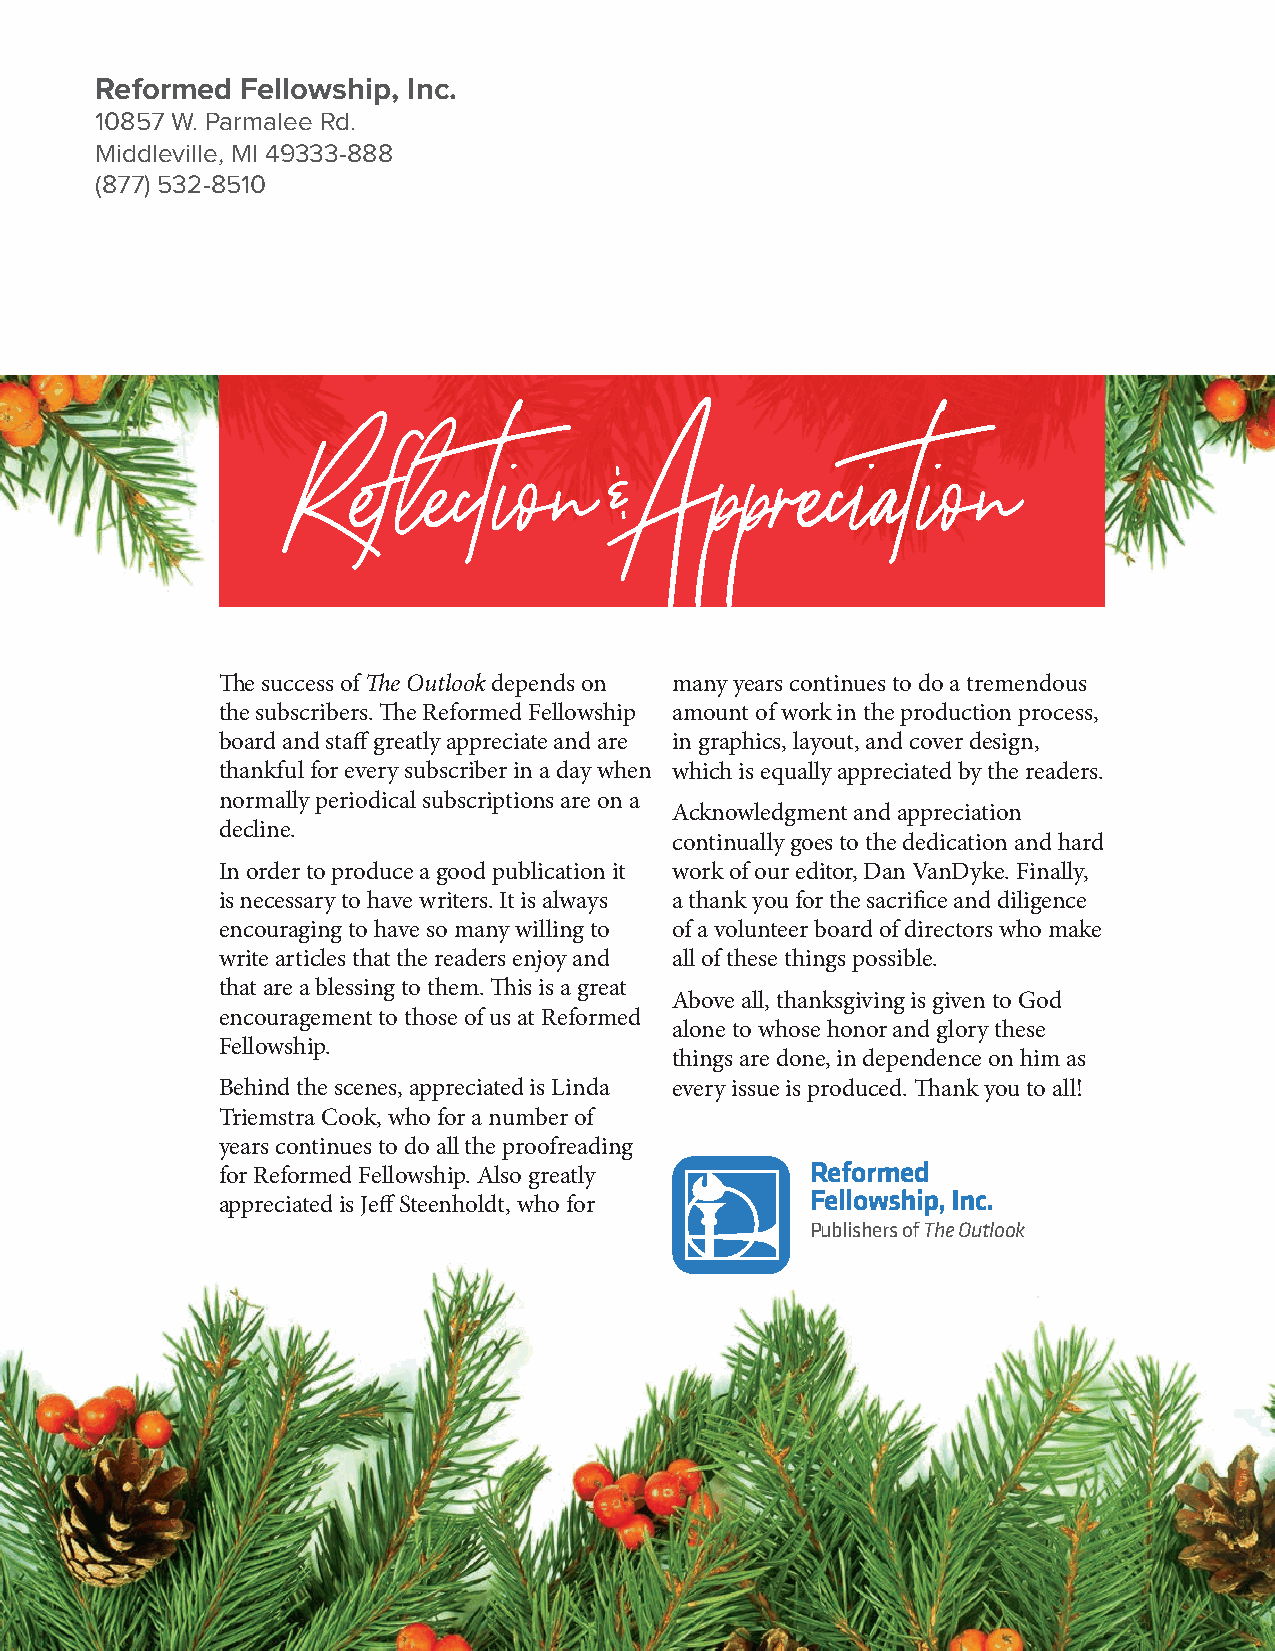
Reformed  Fellowship, Inc.
 10857 W. Parmalee Rd.
 Middleville, MI 49333-888
 (877) 532-8510
 Ref    lection       & Appreciation
 The success of The Outlook depends on many years continues to do a tremendous
 the subscribers. The Reformed Fellowship amount of work in the production process,
 board and staff greatly appreciate and are in graphics, layout, and cover design,
 thankful for every subscriber in a day when which is equally appreciated by the readers.
 normally periodical subscriptions are on a
 Acknowledgment and appreciation
 decline.
 continually goes to the dedication and hard
 In order to produce a good publication it work of our editor, Dan VanDyke. Finally,
 is necessary to have writers. It is always a thank you for the sacrifice and diligence
 encouraging to have so many willing to of a volunteer board of directors who make
 write articles that the readers enjoy and all of these things possible.
 that are a blessing to them. This is a great
 Above all, thanksgiving is given to God
 encouragement to those of us at Reformed
 alone to whose honor and glory these
 Fellowship.
 things are done, in dependence on him as
 Behind the scenes, appreciated is Linda every issue is produced. Thank you to all!
 Triemstra Cook, who for a number of
 years continues to do all the proofreading
 for Reformed Fellowship. Also greatly   Reformed
 Fellowship, Inc.
 appreciated is Jeff Steenholdt, who for
 Publishers of The Outlook